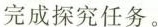
完成探究任务。